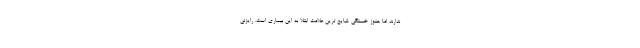
ندارند اما هنوز خستگی شایع ترین علامت ابتلا به این بیماری است. رایزنی